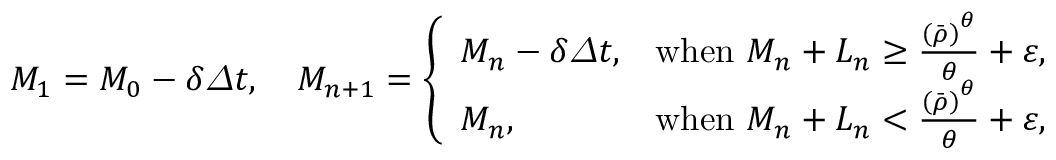
\begin{array} { r } { M _ { 1 } = M _ { 0 } - \delta { \varDelta } t , \quad M _ { n + 1 } = \left\{ \begin{array} { l l } { M _ { n } - \delta { \varDelta } t , } & { \mathrm { w h e n ~ } M _ { n } + L _ { n } \geq \frac { \left( \bar { \rho } \right) ^ { \theta } } { \theta } + \varepsilon , } \\ { M _ { n } , } & { \mathrm { w h e n ~ } M _ { n } + L _ { n } < \frac { \left( \bar { \rho } \right) ^ { \theta } } { \theta } + \varepsilon , } \end{array} \right. } \end{array}